Vaccination in Bombay 1856-1862 - 1856-1862
Year: 1856
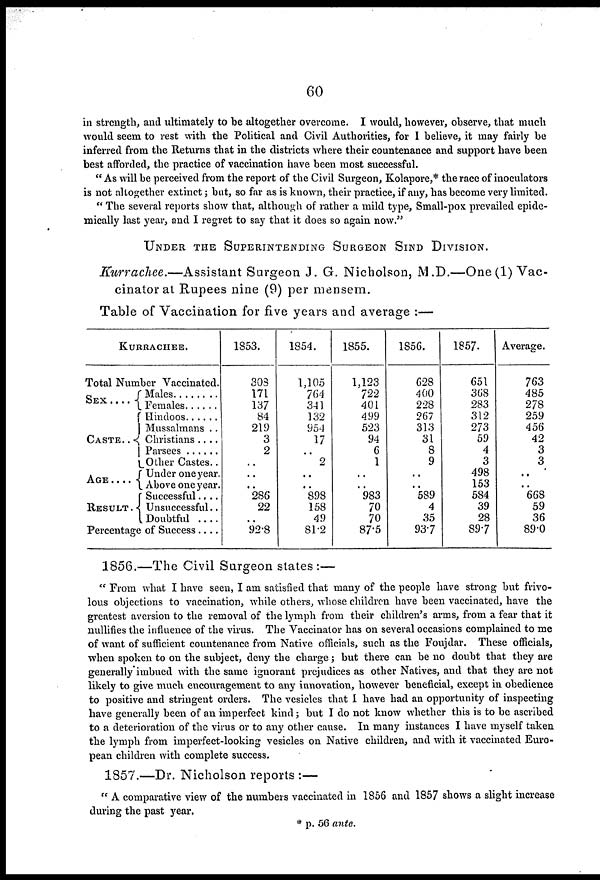
60
in strength, and ultimately to be altogether overcome. I would, however, observe, that much
would seem to rest with the Political and Civil Authorities, for I believe, it may fairly be
inferred from the Returns that in the districts where their countenance and support have been
best afforded, the practice of vaccination have been most successful.
" As will be perceived from the report of the Civil Surgeon, Kolapore,* the race of inoculators
is not altogether extinct; but, so far as is known, their practice, if any, has become very limited.
" The several reports show that, although of rather a mild type, Small-pox prevailed epide-
mically last year, and I regret to say that it does so again now."
UNDER THE SUPERINTENDING SURGEON SIND DIVISION.
Kurrachee.—Assistant
Surgeon J. G. Nicholson, M.D.—One (1) Vac-
cinator at Rupees nine (9) per mensem.
Table of Vaccination for five years and average :—
KURRACHEE.
Total Number Vaccinated.
SEX . . . .
CASTE . . .
AGE . . . .
RESULT .
Males . . . . .
Females. . . . .
Hindoos . . . .
Mussalmans ..
Christians . . .
Psarsees . . . .
Other Castes . .
Under one year.
Above one year.
Successful . . . .
Unsuccessful..
Doubtful . . . .
Percentage of Success . . .
1853.
308
171
137
84
219
3
2
..
..
..
286
22
..
92.8
1854.
1,105
764
341
132
954
17
..
2
..
..
898
158
49
81.2
1855.
1,123
722
401
499
523
94
6
1
..
..
983
70
70
87.5
1856.
628
400
228
267
313
31
8
9
..
..
589
4
35
93.7
1857.
651
368
283
312
273
59
4
3
498
153
584
39
28
89.7
Average.
763
485
278
259
456
42
3
3
..
..
668
59
36
890
1856.—The Civil Surgeon states:—
" From what I have seen, I am satisfied that many of the people have strong but frivo-
lous objections to vaccination, while others, whose children have been vaccinated, have the
greatest aversion to the removal of the lymph from their children's arms, from a fear that it
nullifies the influence of the virus. The Vaccinator has on several occasions complained to me
of want of sufficient countenance from Native officials, such as the Foujdar. These officials,
when spoken to on the subject, deny the charge; but there can be no doubt that they are
generally imbued with the same ignorant prejudices as other Natives, and that they are not
likely to give much encouragement to any innovation, however beneficial, except in obedience
to positive and stringent orders. The vesicles that I have had an opportunity of inspecting
have generally been of an imperfect kind; but I do not know whether this is to be ascribed
to a deterioration of the virus or to any other cause. In many instances I have myself taken
the lymph from imperfect-looking vesicles on Native children, and with it vaccinated Euro-
pean children with complete success.
1857.—Dr. Nicholson reports :—
" A comparative view of the numbers vaccinated in 1856 and 1857 shows a slight increase
during the past year.
* p. 56 ante.